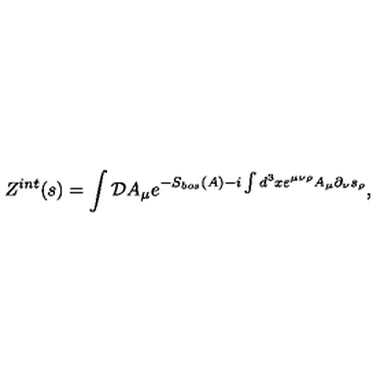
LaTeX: Z ^ { i n t } ( s ) = \int { \cal D } A _ { \mu } e ^ { - S _ { b o s } ( A ) - i \int d ^ { 3 } x \varepsilon ^ { \mu \nu \rho } A _ { \mu } \partial _ { \nu } s _ { \rho } } ,